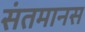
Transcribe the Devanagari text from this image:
संतमानस